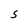
Character: S